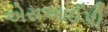
એસઆઈપી